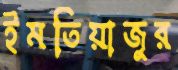
ইমতিয়াজুর